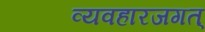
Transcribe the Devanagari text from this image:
व्यवहारजगत्‌